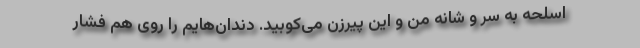
اسلحه به سر و شانه من و این پیرزن می‌کوبید. دندان‌هایم را روی هم فشار